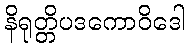
နိရုတ္တိပဒကောဝိဒေါ